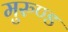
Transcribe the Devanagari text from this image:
मुरुण्ड